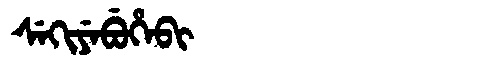
Manchu: ᠰᡝᡴᡳᠶᡝᠪᡠᡥᡝᠪᡳ
Romanization: SEKIYEBUHEBI